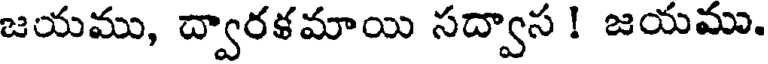
జయము, ద్వారళమాయి సద్వాస ! జయము.